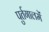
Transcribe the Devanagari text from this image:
पुर्तगालमें